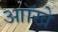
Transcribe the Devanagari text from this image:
आॉखे